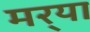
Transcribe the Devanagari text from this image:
मर्‍या